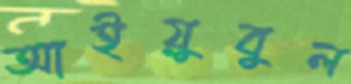
আইয়ুবুল